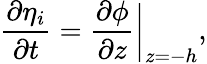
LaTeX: \frac{\partial\eta_{i}}{\partial t}=\frac{\partial\phi}{\partial z}\bigg|_{z=-h},